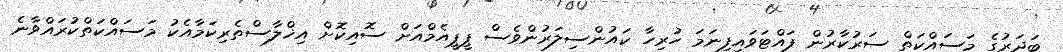
ބަދަރުގެ މަސައްކަތް ސަރުކާރުން ފައްޓަވައިފިނަމަ ހުރިހާ ކައުންސިލަރުންވެސް ޕީޕީއެމްއަށް ސޮއިކޮށް އިޚްލާސްތެރިކަމާއެކު މަސައްކަތްކުރައްވާނެ